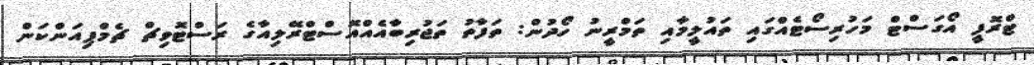
ޓްރޮފީ އޯގަސްޓް މަހުރިސޯޓެއްގައި ތައުލީމާއި ތަމްރީނު ހޯދުން: ތަފާތު ތަޖުރިބާއެއްއޮސްޓްރޭލިއާގެ ރަސްޓޮވިޗް ޗެމްޕިއަންކަން